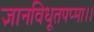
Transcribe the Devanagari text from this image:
ज्ञानविधूतपप्मा।।